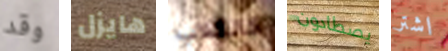
وقد هايزل كالكلاب يصطادون اشتر